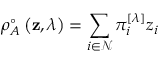
\rho _ { A } ^ { \circ } \left( \mathbf { z } , \lambda \right) = \sum _ { i \in \mathcal { N } } \pi _ { i } ^ { \left[ \lambda \right] } z _ { i }